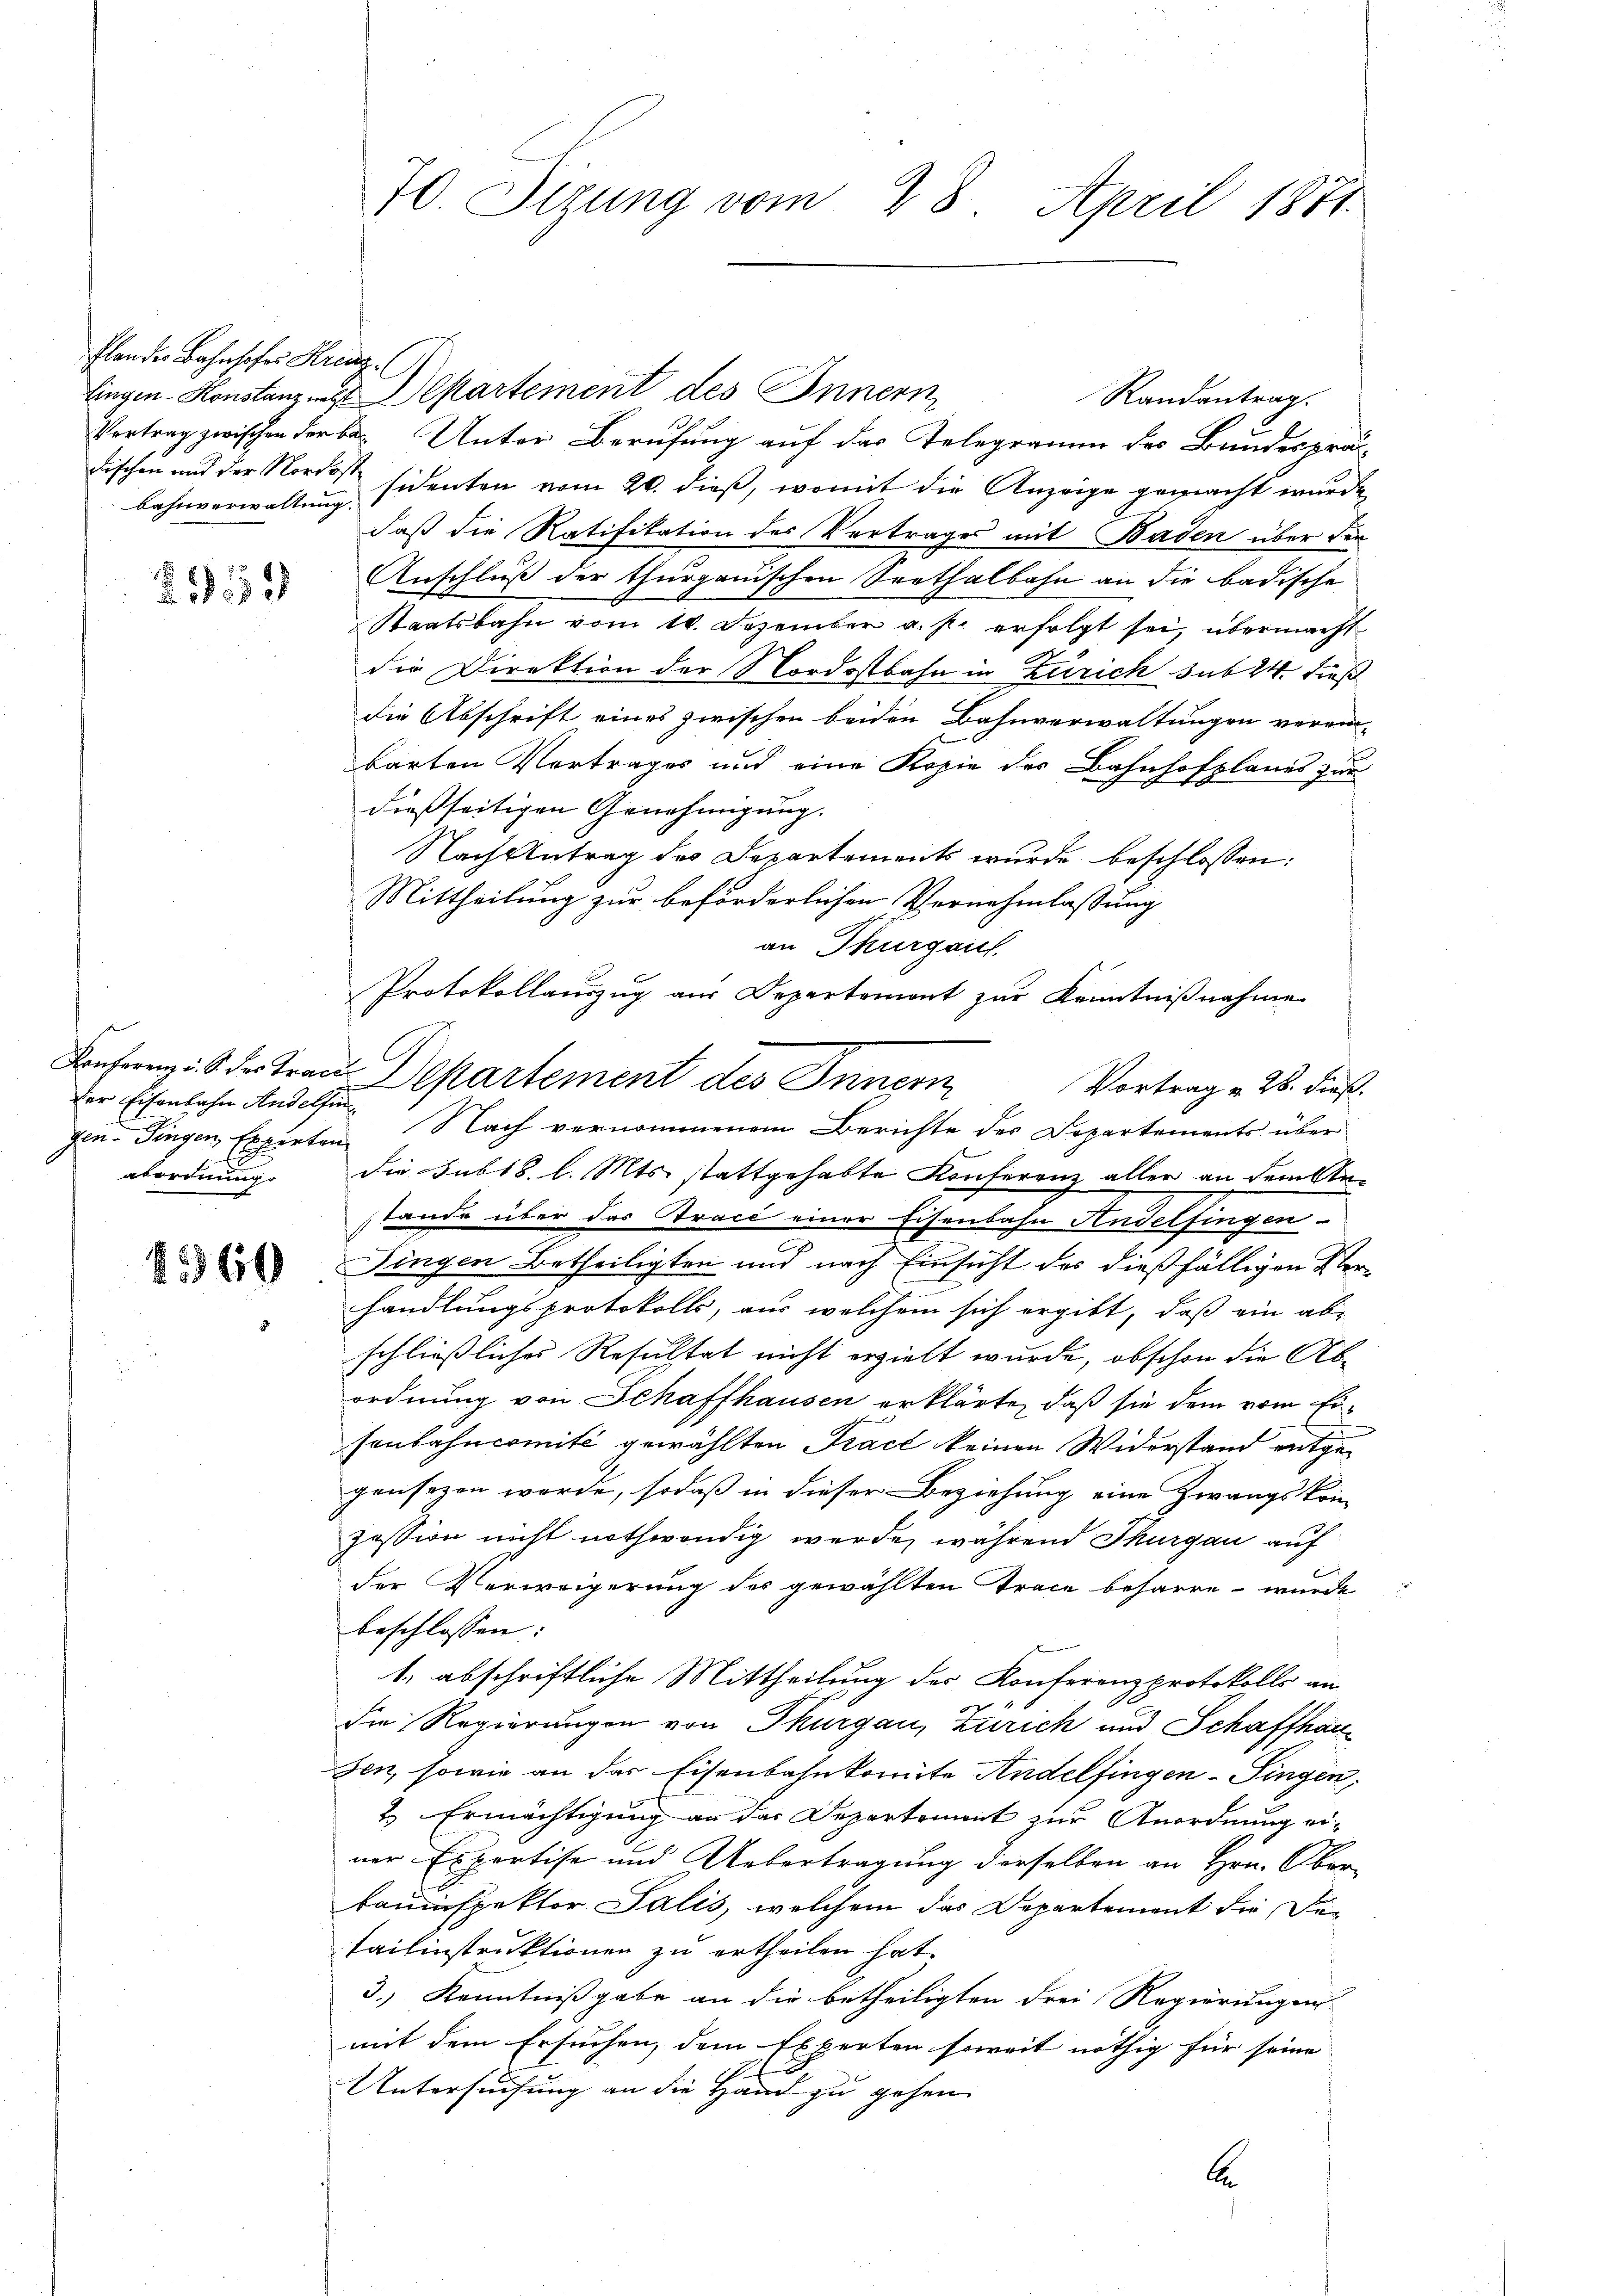
Plan des Bahnhofes Kreuz
Bahnverwaltung.

21559

Der Eisenbahn Andelfin¬

1560

70. Sizung vom 28. April 1871.

lingen-Konstanz ins Departement des Innern
Randantrag.
Vertrag zwischen der bis Unter Berufung auf das Telegramm des Bundesprädischen und der Nordossidenten vom 20. dieß, womit die Anzeige gemacht wurde
daß die Ratifikation des Vertrages mit Baden über den
Anschluß der thurgauischen Seethalbahn an die badische
Staatsbahn vom 10. Dezember a. p. erfolgt sei, übermacht
die Direktion der Nordostbahn in Zürich sub 24. dieß
die Abschrift eines zwischen beiden Bahnverwaltungen verein-
barten Vertrages und eine Kopie der Bahnhofplanes zur
dießseitigen Genehmigung.
Nach Antrag des Departements wurde beschlossen:
Mittheilung zur beförderlichen Vernehmlassung
an Thurgauf
Protokollauszug aus Departemont zur Kenntnißnahme
Konferen : S. der Traue Departement des Innern
Vortrag v. 28. dieß.
gen- Fingen, Experten Nach vernommenem Berichte des Departements über
abordnung. Die Subt8. l. Mts. stattgehabte Konferenz aller an dem An-
stande über das Tracé einer Eisenbahn Andelfingen
Singen Betheiligten und nach Einsicht des dießfälligen Ver-
handlungsprotokolls, aus welchem sich ergibt, daß ein ab-
schließliches Resultat nicht erzielt wurde, obschon die Abordnung von Schaffhausen erklärte, daß sie dem vom Eisonbahncomité gewählten Trace keinen Widerstand entgegensezen werde, sodaß in dieser Beziehung eine Zwangskom-
zession nicht nothwendig werde, während Thurgau auf
der Verweigerung des gewählten Trace beharre - wurde
beschlossen:
1. abschriftliche Mittheilung des Konferenzprotokolls an
die Regierungen von Thurgau, Zürich und Schaffhauden, sowie an das Eisenbahnkomite Andelfingen-Singen,
2 Ermächtigung an das Departement zur Anordnung einer Expertise und Uebertragung derselben an Hrn. Ober-
bauinspektor Salis, welchem das Departement die Desaisinstruktionen zu ertheilen hat.
3.) Kenntnißgabe an die betheiligten drei Regierungen
mit dem Ersuchen, dem Experten soweit nöthig für seine
E
Untersuchung an die Hand zu gehen
A